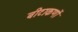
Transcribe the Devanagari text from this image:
बीटाकणों